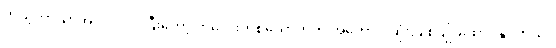
ကိုယ့်ဘာသာအလုပ်လုပ်ပြီးတော့ ကလေးတစ်ယောက်ကို အကောင်းဆုံးပြုစုပျိုးထောင်နိုင်တယ်။